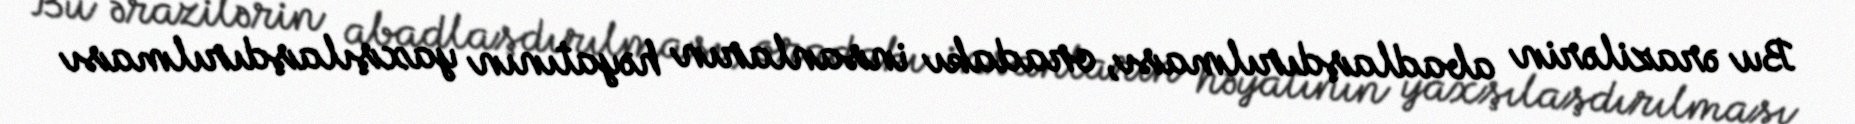
Bu ərazilərin abadlaşdırılması, oradakı insanların həyatının yaxşılaşdırılması